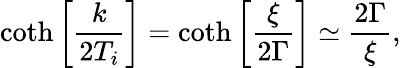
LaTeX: \coth\left[\frac{k}{2T_{i}}\right]=\coth\left[\frac{\xi}{2\Gamma}\right]\simeq\frac{2\Gamma}{\xi},